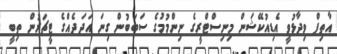
އާތިފް ވިދާޅުވީ އެޑިއުކޭޝަން މިނިސްޓްރީގެ ނިންމުމުގެ ސަބަބުން ގިނަ އަދަދެއްގެ ޓީޗަރުން ތިބީ